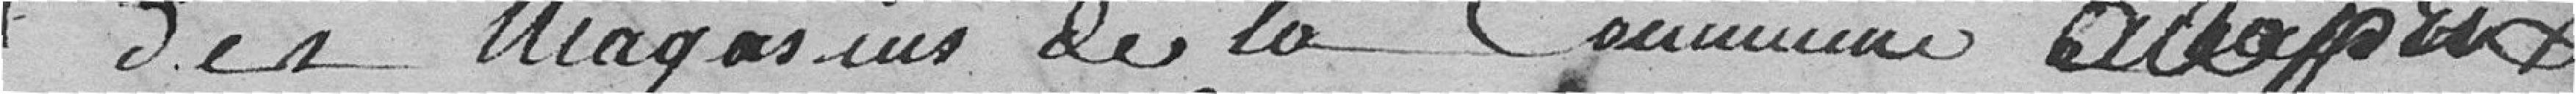
des magasins de la commune au prix